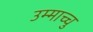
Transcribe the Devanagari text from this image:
उम्माच्चु